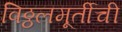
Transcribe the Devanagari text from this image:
विठ्ठलमूर्तीची